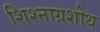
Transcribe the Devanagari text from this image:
शिश्नाग्रशोथ